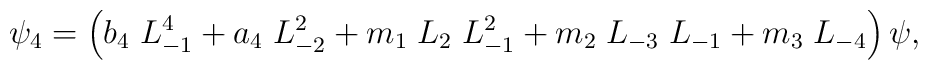
\psi_{4}= \left( b_{4}\; L_{-1}^{4} + a_{4}\; L_{-2}^{2}+ m_{1}\; L_{2}\; L_{-1}^{2} + m_{2}\; L_{-3}\; L_{-1}+ m_{3}\; L_{-4} \right) \psi,